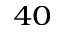
^ { 4 0 }